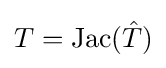
T=\mathrm {Jac} ({\hat {T}})